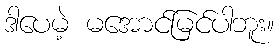
ဒါပေမဲ့ မအောင်မြင်ပါဘူး။